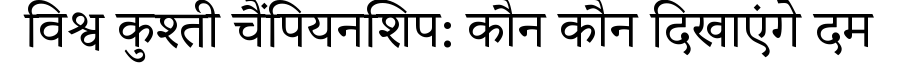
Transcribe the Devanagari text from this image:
विश्व कुश्ती चैंपियनशिप: कौन कौन दिखाएंगे दम